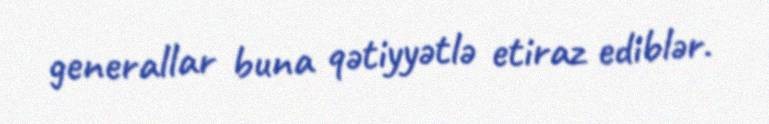
generallar buna qətiyyətlə etiraz ediblər.